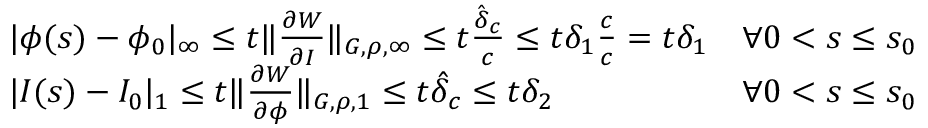
\begin{array} { l r } { | \phi ( s ) - \phi _ { 0 } | _ { \infty } \leq t \| \frac { \partial W } { \partial I } \| _ { G , \rho , \infty } \leq t \frac { \hat { \delta } _ { c } } { c } \leq t \delta _ { 1 } \frac { c } { c } = t \delta _ { 1 } } & { \forall 0 < s \leq s _ { 0 } } \\ { | I ( s ) - I _ { 0 } | _ { 1 } \leq t \| \frac { \partial W } { \partial \phi } \| _ { G , \rho , 1 } \leq t \hat { \delta } _ { c } \leq t \delta _ { 2 } } & { \forall 0 < s \leq s _ { 0 } } \end{array}